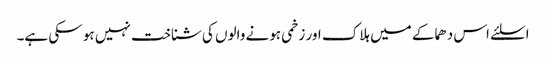
اسلئے اس دھماکے میں ہلاک اور زخمی ہونے والوں کی شناخت نہیں ہو سکی ہے۔